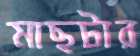
মাছটার